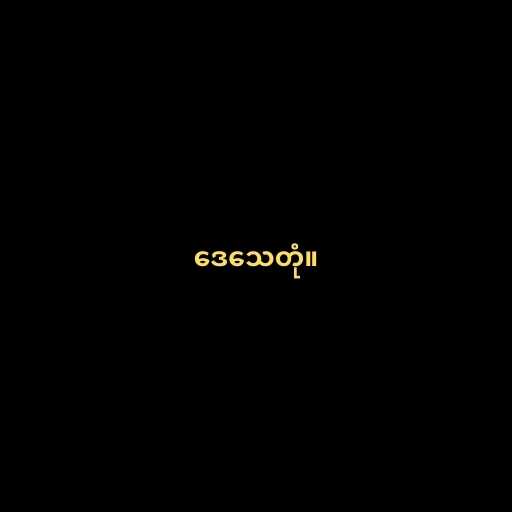
ဒေသေတုံ။